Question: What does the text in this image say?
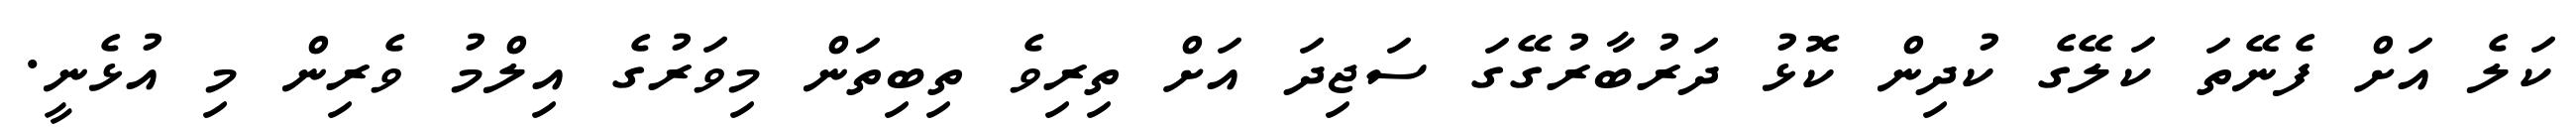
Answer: ކަލެ އަށް ފެނޭތަ ކަލޭގެ ކުދިން ކޮޅު ދަރުބާރުގޭގަ ސަޖިދަ އަށް ތިރިވެ ތިބިތަން މިވަރުގެ އިލްމު ވެރިން މި އުޅެނީ.